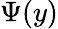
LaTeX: \Psi(y)